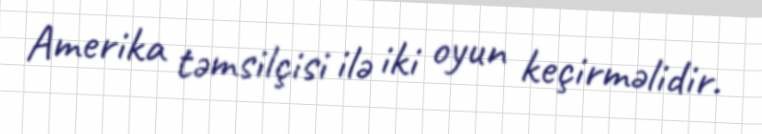
Amerika təmsilçisi ilə iki oyun keçirməlidir.